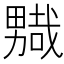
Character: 𭻮